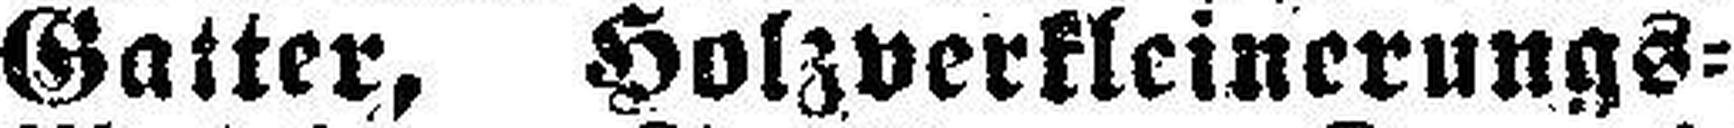
Gatter, Holzverkleinerungs=